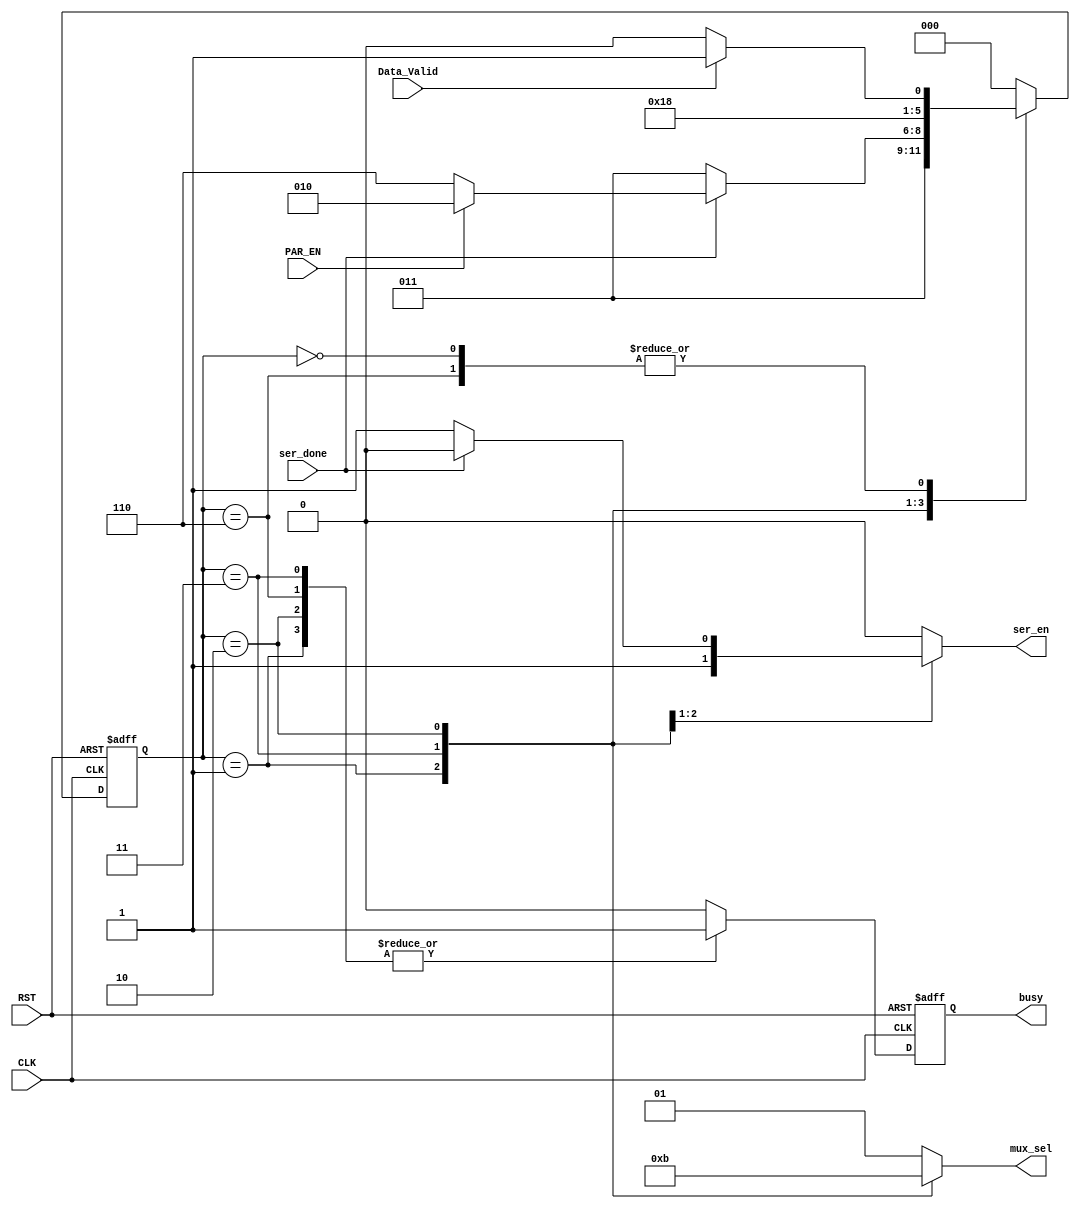
module UART_Tx_FSM 
(
	input   wire        Data_Valid ,
	input   wire        PAR_EN     ,
	input   wire        ser_done   ,
	input   wire        CLK        ,
	input   wire        RST        ,

	output  reg         ser_en     ,
	output  reg   [1:0] mux_sel    ,
	output  reg         busy      
);

//using Gray State Encoding because of the sequential transitions between states.
localparam IDLE  = 3'b000 ;
localparam START = 3'b001 ;
localparam DATA  = 3'b011 ; 
localparam PAR   = 3'b010 ;
localparam STOP  = 3'b110 ;

reg [2:0] current_state , next_state ;
reg busy_comp ;

/*------------------- State Transition and Registering Logic-------------------*/
always @(posedge CLK or negedge RST)
 begin
 	if (!RST) begin
 		current_state <= IDLE ; 
 		busy          <= 1'd0 ;		
 	end
 	else begin
 		current_state <= next_state ; 	
 		busy          <= busy_comp  ;	 	//registering the busy signal as it is the output of UART_Tx_Top
 	end
 end

/*-------------------------Next State and Output Logic-------------------------*/
always @(*) begin 		
    case (current_state)
 		IDLE : begin
 			ser_en  = 1'd0 ;
 			mux_sel = 2'd1 ;          //selecting Stop_bit (Tx_OUT = High)
 			busy_comp    = 1'd0 ;
 			if (Data_Valid) begin
 				next_state = START ;
 			end
 			else begin
 				next_state = IDLE  ;
 			end
 		end
 		START: begin
 			ser_en     = 1'd1 ;     //initializing the Serializer for the next state (next clock cycle)
 			mux_sel    = 2'd0 ;
 			busy_comp  = 1'd1 ;
 			next_state = DATA ;		
 		end
 		DATA : begin 			 
 			mux_sel   = 2'd2 ;
 			busy_comp = 1'd1 ;
 			if (ser_done) begin
 			    ser_en  = 1'd0 ;        //stopping the counter in Serializer whenever the serializing is done
 			    if (PAR_EN) begin
 			    	next_state = PAR  ;
 			    end
 			    else begin
 			    	next_state = STOP ;
 			    end
 			end
 			else begin
 			    ser_en     = 1'd1 ;
 				next_state = DATA  ;
 			end
 		end
 		PAR  : begin
 			ser_en     = 1'd0 ;   
 			mux_sel    = 2'd3 ;
 			busy_comp  = 1'd1 ;
 			next_state = STOP ;	
 		end
 		STOP : begin
 			ser_en    = 1'd0 ;  
 			mux_sel   = 2'd1 ;
 			busy_comp = 1'd1 ;
 			if (Data_Valid) begin
 				next_state = START   ;
 			end
 			else begin
 				next_state = IDLE  ;
 			end
 		end

 		default : begin
 		ser_en     = 1'd0 ;
 		mux_sel    = 2'd1 ;
 		busy_comp  = 1'd0 ;
 		next_state = IDLE ; 	
 		end

 	endcase

end
 endmodule